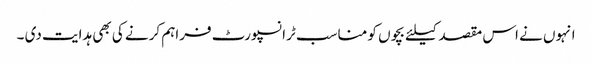
انہوں نے اس مقصد کیلئے بچوں کو مناسب ٹرانسپورٹ فراہم کرنے کی بھی ہدایت دی ۔